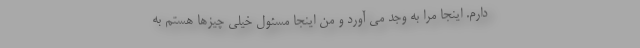
دارم. اینجا مرا به وجد می آورد و من اینجا مسئول خیلی چیزها هستم به